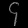
Digit: ၄